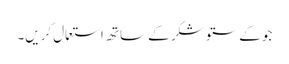
جو کے ستو شکر کے ساتھ استعمال کریں۔